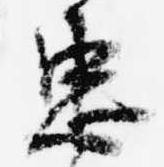
忠